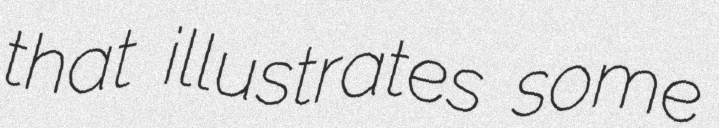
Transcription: that illustrates some